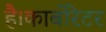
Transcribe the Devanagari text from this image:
है।कार्बोरेटर